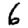
Digit: 6